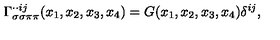
\Gamma _ { \sigma \sigma \pi \pi } ^ { \cdot \cdot i j } ( x _ { 1 } , x _ { 2 } , x _ { 3 } , x _ { 4 } ) = G ( x _ { 1 } , x _ { 2 } , x _ { 3 } , x _ { 4 } ) \delta ^ { i j } ,